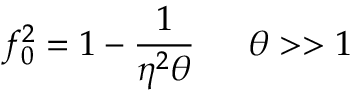
f _ { 0 } ^ { 2 } = 1 - \frac { 1 } { \eta ^ { 2 } \theta } \, \, \, \, \, \, \, \, \, \theta > > 1